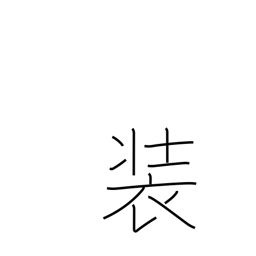
Meaning: attire